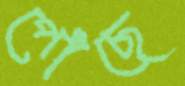
পোঁছে